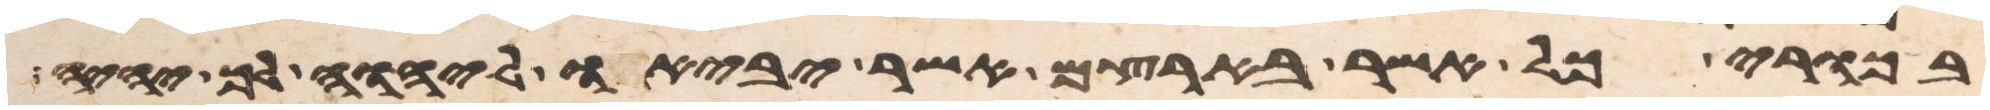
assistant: בכורי כל אשר בארצם אשר יביאו ליהוה לך יהיה